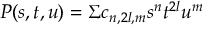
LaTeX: P ( s , t , u ) = \Sigma c _ { n , 2 l , m } s ^ { n } t ^ { 2 l } u ^ { m }